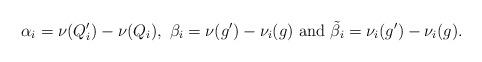
LaTeX: \begin{align*}\alpha_i=\nu(Q_i')-\nu(Q_i), \ \beta_i=\nu(g')-\nu_i(g)\mbox{ and }\tilde{\beta}_i=\nu_i(g')-\nu_i(g).\end{align*}